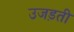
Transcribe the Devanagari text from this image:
उजड़ती